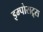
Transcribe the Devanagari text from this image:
इम्पोसट्र्स